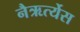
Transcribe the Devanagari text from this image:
नैऋर्त्येस